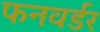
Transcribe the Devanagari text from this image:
फनवर्डर